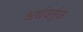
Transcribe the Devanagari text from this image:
अर्धवर्तुळ